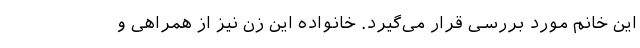
این خانم مورد بررسی قرار می‌گیرد. خانواده این زن نیز از همراهی و